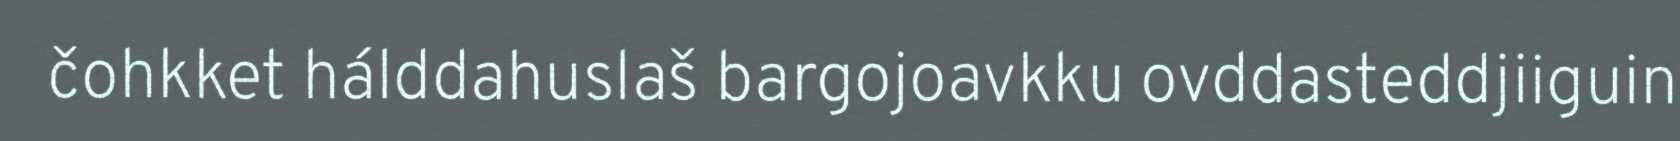
čohkket hálddahuslaš bargojoavkku ovddasteddjiiguin